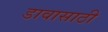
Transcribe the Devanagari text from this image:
डावासाठी